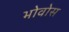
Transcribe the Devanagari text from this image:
भोवोस